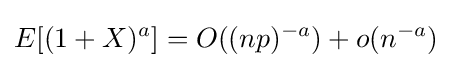
E[(1+X)^{a}]=O((np)^{-a})+o(n^{-a})